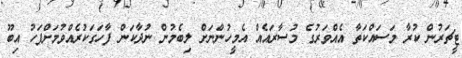
ޓީޗަރުން ކުރާ މަސައްކަތާ އެއްވަރުގެ މުސާރައެއް އެމީހުންނަށް ލިބެމުން ނުދާކަން ފާހަގަކުރެއްވުމަށްފަހު އިބޫ